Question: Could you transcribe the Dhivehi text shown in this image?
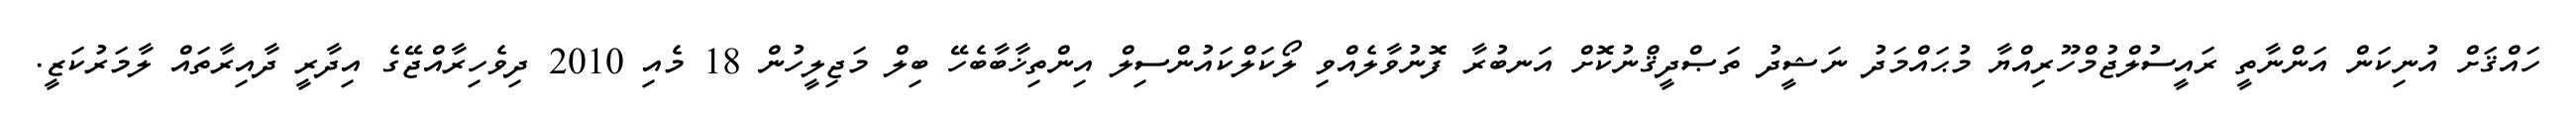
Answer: ހައްޤަށް އުނިކަން އަންނާތީ ރައީސުލްޖުމްހޫރިއްޔާ މުޙައްމަދު ނަޝީދު ތަޞްދީޤްނުކޮށް އަނބުރާ ފޮނުވާލެއްވި ލޯކަލްކައުންސިލް އިންތިޚާބާބެހޭ ބިލް މަޖިލީހުން 18 މެއި 2010 ދިވެހިރާއްޖޭގެ އިދާރީ ދާއިރާތައް ލާމަރުކަޒީ.